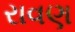
રાવણ